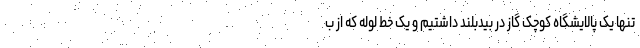
تنها یک پالایشگاه کوچک گاز در بیدبلند داشتیم و یک خط لوله که از ب